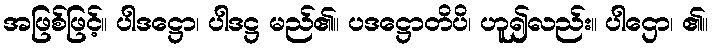
အဖြစ်ဖြင့်။ ပါဒဋ္ဌော၊ ပါဒဋ္ဌ မည်၏။ ပဒဋ္ဌောတိပိ၊ ဟူ၍လည်း။ ပါဌော၊ ၏။